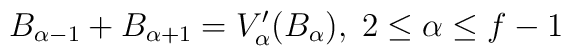
B_{\alpha-1} + B_{\alpha+1} = V_{\alpha}^{\prime}(B_{\alpha}), \;2 \leq \alpha \leq f-1